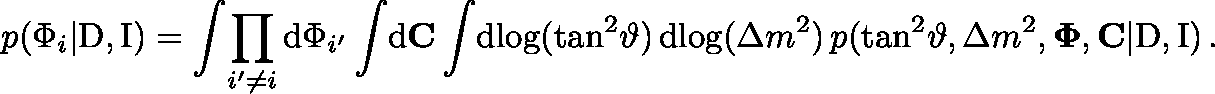
p ( \Phi _ { i } | \mathrm { D } , \mathrm { I } ) = \int \! \prod _ { i ^ { \prime } \neq i } \mathrm { d } \Phi _ { i ^ { \prime } } \int \! \mathrm { d } \mathbf { C } \int \! \mathrm { d } \! \log ( \tan ^ { 2 } \! \vartheta ) \, \mathrm { d } \! \log ( \Delta { m } ^ { 2 } ) \, p ( \tan ^ { 2 } \! \vartheta , \Delta { m } ^ { 2 } , \mathbf { \Phi } , \mathbf { C } | \mathrm { D } , \mathrm { I } ) \, .